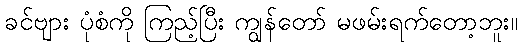
ခင်ဗျား ပုံစံကို ကြည့်ပြီး ကျွန်တော် မဖမ်းရက်တော့ဘူး။